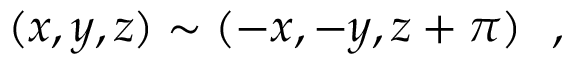
( x , y , z ) \sim ( - x , - y , z + \pi ) \ \ ,